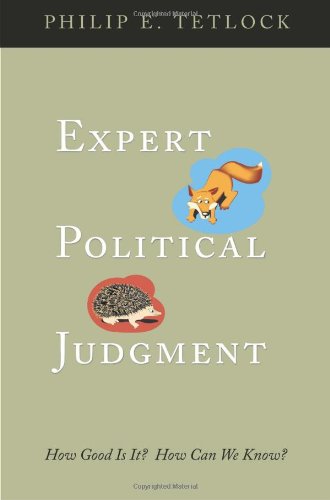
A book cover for Expert Political Judgment: How Good Is It? How Can We Know?; Philip E. Tetlock; Medical Books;